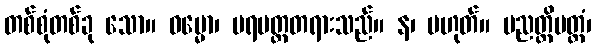
တစ်စုံတစ်ခု သော။ ဓမ္မော၊ ပရမတ္ထတရားသည်။ န၊ မဟုတ်။ ပညတ္တိမတ္တံ၊